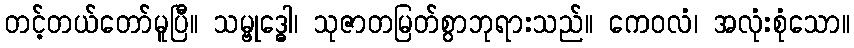
တင့်တယ်တော်မူပြီ။ သမ္ဗုဒ္ဓေါ၊ သုဇာတမြတ်စွာဘုရားသည်။ ကေဝလံ၊ အလုံးစုံသော။